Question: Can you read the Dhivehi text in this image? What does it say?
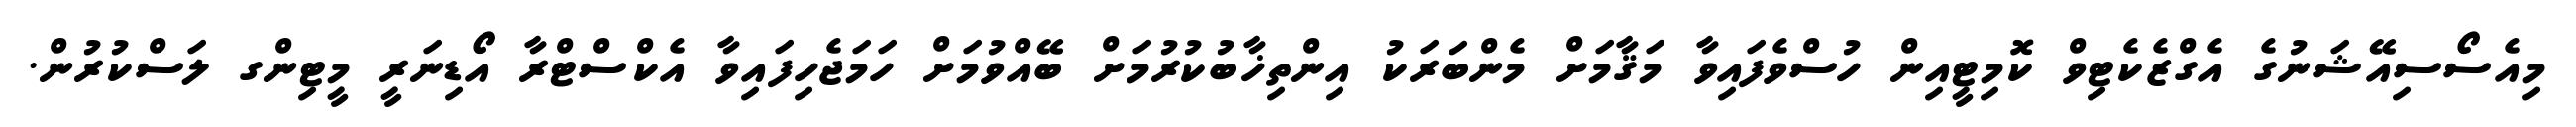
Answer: މިއެސޯސިއޭޝަނުގެ އެގްޒެކެޓިވް ކޮމިޓީއިން ހުސްވެފައިވާ މަޤާމަށް މެންބަރަކު އިންތިޚާބުކުރުމަށް ބޭއްވުމަށް ހަމަޖެހިފައިވާ އެކްސްޓްރާ އޯޑިނަރީ މީޓިންގ ލަސްކުރުން.